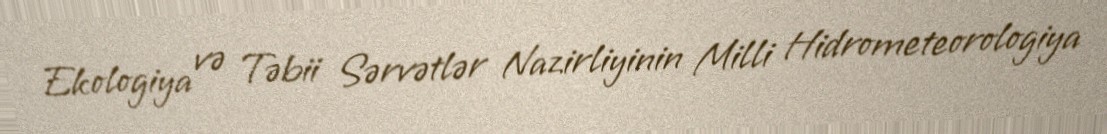
Ekologiya və Təbii Sərvətlər Nazirliyinin Milli Hidrometeorologiya